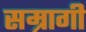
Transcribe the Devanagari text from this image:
सम्रागी